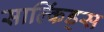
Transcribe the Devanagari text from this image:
साल्किंड्स